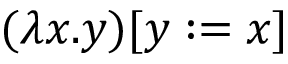
( \lambda x . y ) [ y : = x ]